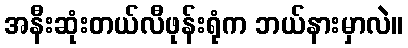
အနီးဆုံးတယ်လီဖုန်းရုံက ဘယ်နားမှာလဲ။